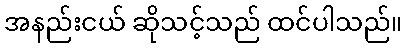
အနည်းငယ် ဆိုသင့်သည် ထင်ပါသည်။